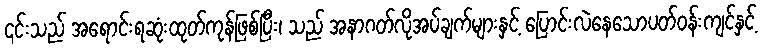
၎င်းသည် အရောင်းရဆုံးထုတ်ကုန်ဖြစ်ပြီး၊ သည် အနာဂတ်လိုအပ်ချက်များနှင့် ပြောင်းလဲနေသောပတ်ဝန်းကျင်နှင့်